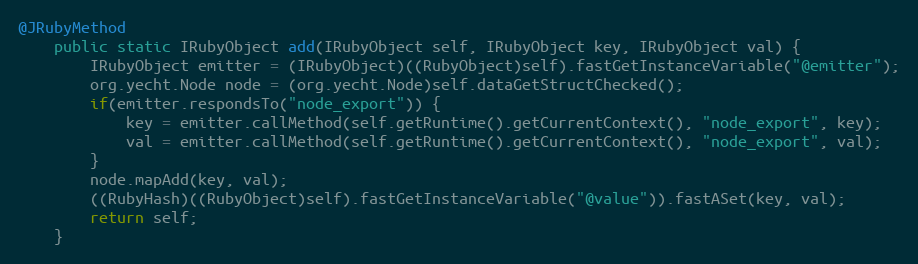
Language: Java
@JRubyMethod
    public static IRubyObject add(IRubyObject self, IRubyObject key, IRubyObject val) {
        IRubyObject emitter = (IRubyObject)((RubyObject)self).fastGetInstanceVariable("@emitter");
        org.yecht.Node node = (org.yecht.Node)self.dataGetStructChecked();
        if(emitter.respondsTo("node_export")) {
            key = emitter.callMethod(self.getRuntime().getCurrentContext(), "node_export", key);
            val = emitter.callMethod(self.getRuntime().getCurrentContext(), "node_export", val);
        }
        node.mapAdd(key, val);
        ((RubyHash)((RubyObject)self).fastGetInstanceVariable("@value")).fastASet(key, val);
        return self;
    }